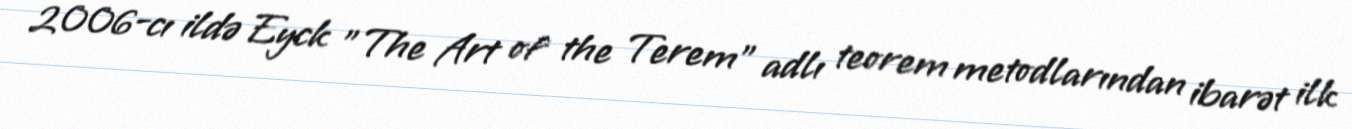
2006-cı ildə Eyck "The Art of the Terem" adlı teorem metodlarından ibarət ilk